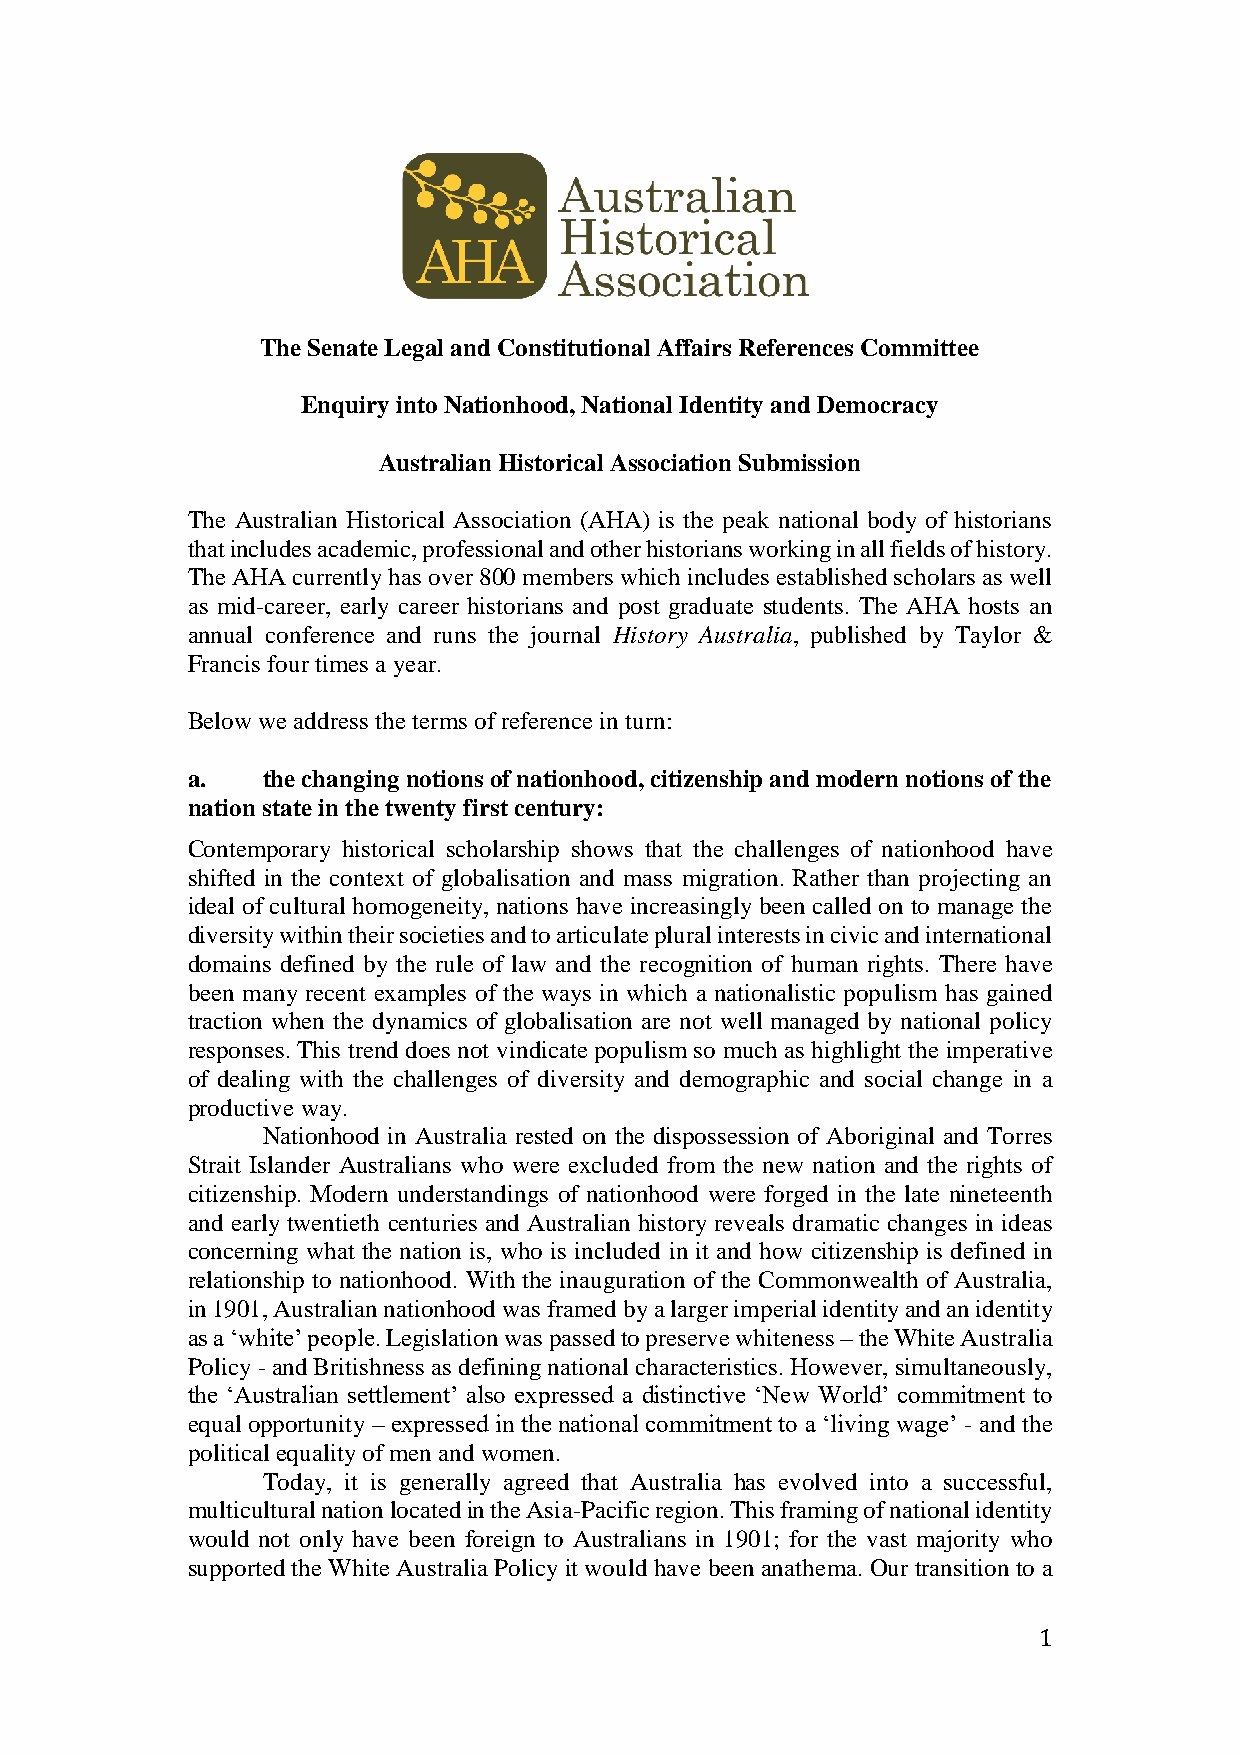
The Senate Legal and Constitutional Affairs References Committee
 Enquiry into Nationhood, National Identity and Democracy
 Australian Historical Association Submission
 The Australian Historical Association (AHA) is the peak national body of historians
 that includes academic, professional and other historians working in all fields of history.
 The AHA currently has over 800 members which includes established scholars as well
 as mid-career, early career historians and post graduate students. The AHA hosts an
 annual conference and runs the journal History Australia, published by Taylor &
 Francis four times a year.
 Below we address the terms of reference in turn:
 a.   the changing notions of nationhood, citizenship and modern notions of the
 nation state in the twenty first century:
 Contemporary historical scholarship shows that the challenges of nationhood have
 shifted in the context of globalisation and mass migration. Rather than projecting an
 ideal of cultural homogeneity, nations have increasingly been called on to manage the
 diversity within their societies and to articulate plural interests in civic and international
 domains defined by the rule of law and the recognition of human rights. There have
 been many recent examples of the ways in which a nationalistic populism has gained
 traction when the dynamics of globalisation are not well managed by national policy
 responses. This trend does not vindicate populism so much as highlight the imperative
 of dealing with the challenges of diversity and demographic and social change in a
 productive way.
 Nationhood in Australia rested on the dispossession of Aboriginal and Torres
 Strait Islander Australians who were excluded from the new nation and the rights of
 citizenship. Modern understandings of nationhood were forged in the late nineteenth
 and early twentieth centuries and Australian history reveals dramatic changes in ideas
 concerning what the nation is, who is included in it and how citizenship is defined in
 relationship to nationhood. With the inauguration of the Commonwealth of Australia,
 in 1901, Australian nationhood was framed by a larger imperial identity and an identity
 as a ‘white’ people. Legislation was passed to preserve whiteness – the White Australia
 Policy - and Britishness as defining national characteristics. However, simultaneously,
 the ‘Australian settlement’ also expressed a distinctive ‘New World’ commitment to
 equal opportunity – expressed in the national commitment to a ‘living wage’ - and the
 political equality of men and women.
 Today, it is generally agreed that Australia has evolved into a successful,
 multicultural nation located in the Asia-Pacific region. This framing of national identity
 would not only have been foreign to Australians in 1901; for the vast majority who
 supported the White Australia Policy it would have been anathema. Our transition to a
 1